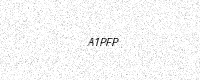
Text: A1PFP